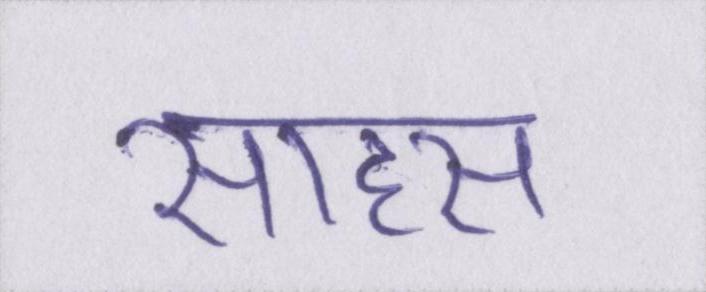
साहस